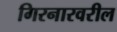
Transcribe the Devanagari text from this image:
गिरनारवरील